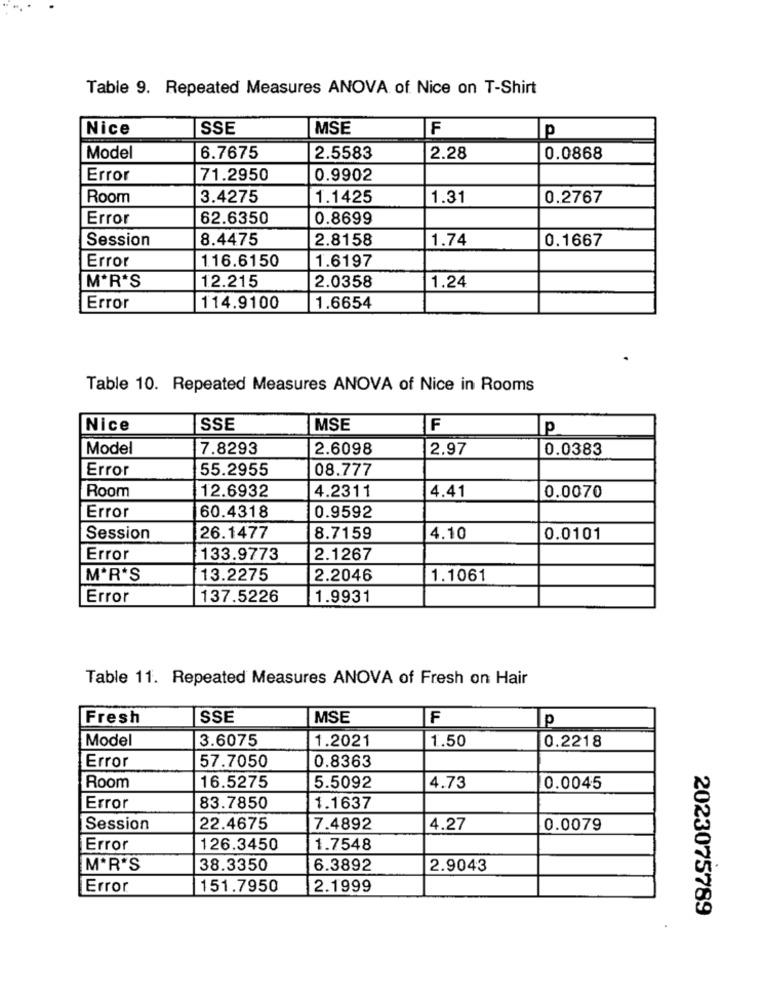
Table 9. Repeated Measures ANOVA of Nice on T-Shirt
Nice
SSE
MSE
F
p
Model
6.7675
2.5583
2.28
0.0868
Error
71.2950
0.9902
Room
3.4275
1.1425
1.31
0.2767
Error
62.6350
0.8699
Session
8.4475
2.8158
1.74
0.1667
Error
116.6150
1.6197
MªR'S
12.215
2.0358
1.24
Error
114.9100
1.6654
Table 10. Repeated Measures ANOVA of Nice in Rooms
Nice
SSE
MSE
F
p
Model
7.8293
2.6098
2.97
0.0383
Error
55.2955
08.777
Room
12.6932
4.41
4.2311
0.0070
60.4318
Error
0.9592
Session
26.1477
8.7159
4.10
0.0101
Error
133.9773
2.1267
M'R'S
13.2275
2.2046
1.1061
Error
137.5226
1.9931
Table 11. Repeated Measures ANOVA of Fresh on Hair
Fresh
SSE
MSE
F
p
Model
3.6075
1.50
0.2218
1.2021
Error
57.7050
0.8363
Room
16.5275
5.5092
4.73
0.0045
Error
83.7850
1.1637
Session
22.4675
7.4892
4.27
0.0079
Error
126.3450
1.7548
MªR'S
38.3350
6.3892
2.9043
Error
151.7950
2.1999
2023075789